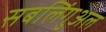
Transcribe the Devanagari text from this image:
सबलिंगुअल